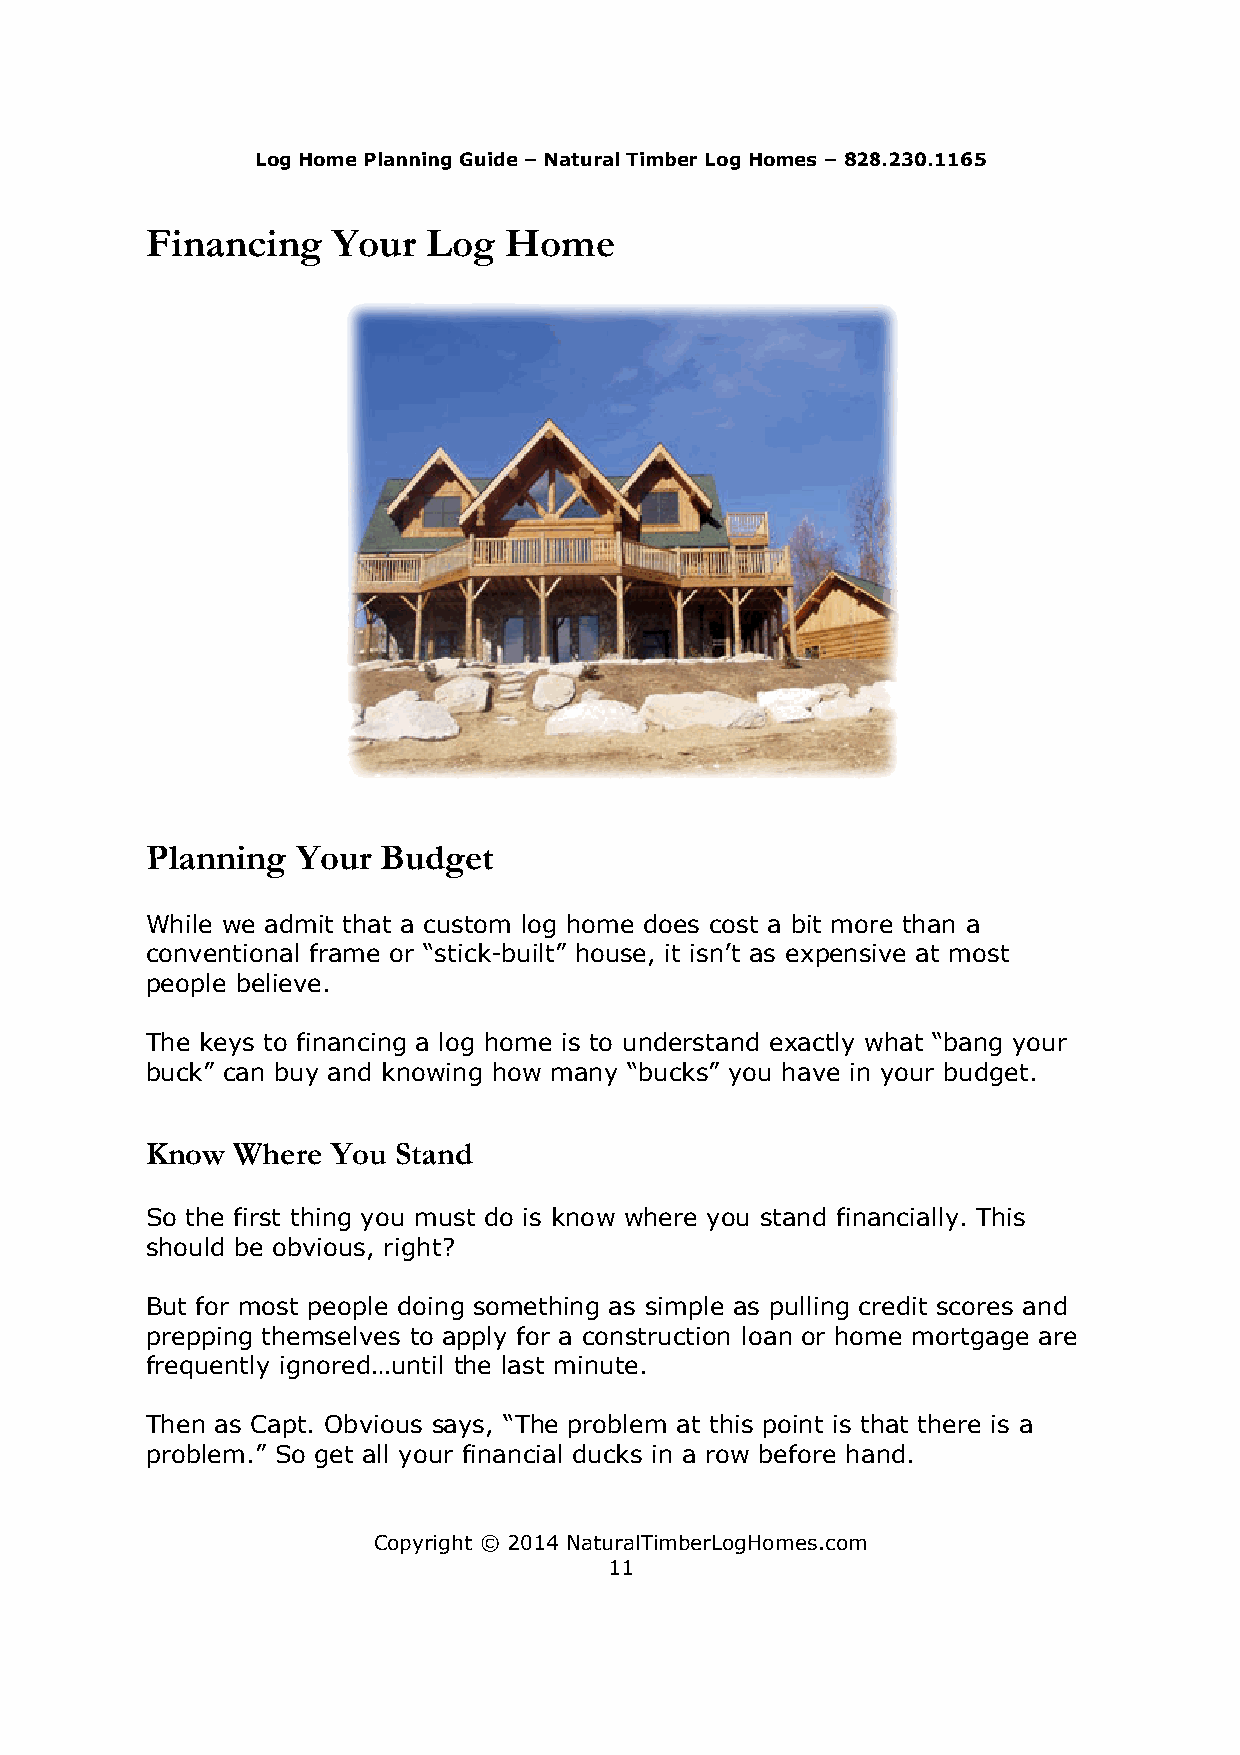
LLoogg HHoommee PPllaannnniinngg GGuuiiddee – Natural Timber Log Homes – 882288..223300..11116655
 Financing   YYoouurr LLoogg HHoommee
 Planning  Your BBuuddggeett
 WWWhhhiiillleee wwweee aaadddmmmiiittt ttthhhaaattt aaa cccuuussstttooommm llloooggg hhhooommmeee dddoooeeesss cccooosssttt aaa bbbiiittt mmmooorrreee ttthhhaaannn aaa
 ccoonnvveennttiioonnaall ffrraammee oorr ““ssttiicckk-built” house, it isn’t as exppeennssiivvee aatt mmoosstt
 people believe.
 TTThhheee kkkeeeyyysss tttooo fffiiinnnaaannnccciiinnnggg aaa llloooggg hhhooommmeee iiisss tttooo uuunnndddeeerrrssstttaaannnddd eeexxxaaaccctttlllyyy wwwhhhaaattt “““bbbaaannnggg yyyooouuurrr
 bbbuuuccckkk””” cccaaannn bbbuuuyyy aaannnddd kkknnnooowwwiiinnnggg hhhooowww mmmaaannnyyy “““bbbuuuccckkksss””” yyyooouuu hhhaaavvveee iiinnn yyyooouuurrr bbbuuudddgggeeettt...
 Knnooww WWhheerree YYoouu SSttaanndd
 SSoo tthhee ffiirrsstt tthhiinngg yyoouu mmuusstt ddoo iiss kknow where you stand finaanncciiaallllyy. This
 sshhoouulldd bbee oobbvviioouuss,, rriigghhtt??
 But for most people ddooiinngg ssoommeetthhiinngg aass ssiimmppllee aass ppuulllliinngg ccrreeddiitt ssccoorreess aanndd
 prepping themselves ttoo apply for a construction loan oorr hhoommee mmoorrttggaaggee are
 ffrreeqquueennttllyy iiggnnoorreedd……uunnttiill the last minute.
 Then as Capt. Obvious ssaayyss,, ““TThhee pprroobblleemm aatt tthhiiss ppooiinntt iiss tthhaatt tthheerree iiss aa
 problem.” SSSooo gggeeettt aaallllll yyyooouuurrr fffiiinnnaaannnccciiiaaalll ddduuuccckkksss iiinnn aaa rrrooowww bbbeeefffooorrreee hhhaaannnddd...
 CCooppyyrriigghhtt ©© 2014 NaturalTimberLogHomes.com
 11